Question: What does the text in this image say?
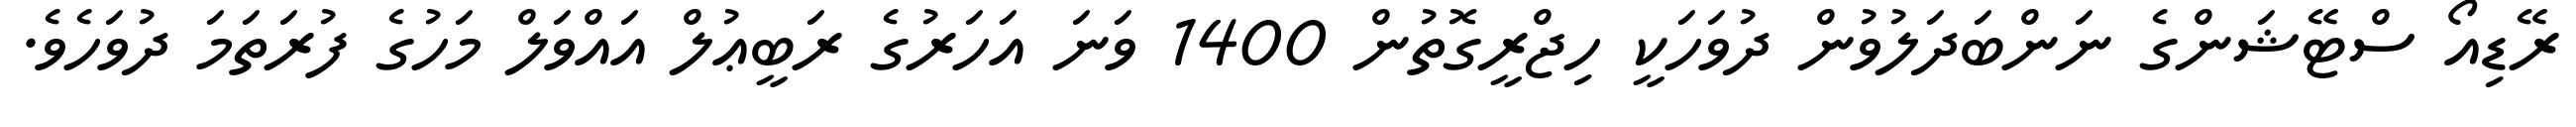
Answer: ރޭޑިއޯ ސްޓޭޝަންގެ ނަންބަދަލުވުން ދުވަހަކީ ހިޖްރީގޮތުން 1400 ވަނަ އަހަރުގެ ރަބީޢުލް އައްވަލް މަހުގެ ފުރަތަމަ ދުވަހެވެ.